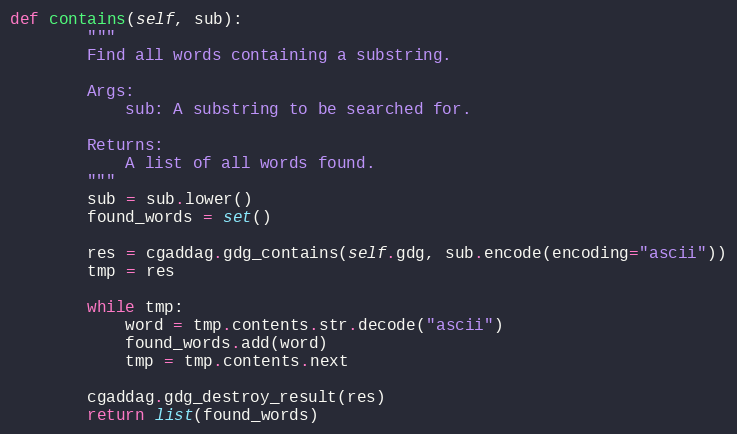
Language: Python
def contains(self, sub):
        """
        Find all words containing a substring.

        Args:
            sub: A substring to be searched for.

        Returns:
            A list of all words found.
        """
        sub = sub.lower()
        found_words = set()

        res = cgaddag.gdg_contains(self.gdg, sub.encode(encoding="ascii"))
        tmp = res

        while tmp:
            word = tmp.contents.str.decode("ascii")
            found_words.add(word)
            tmp = tmp.contents.next

        cgaddag.gdg_destroy_result(res)
        return list(found_words)